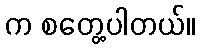
က စတွေ့ပါတယ်။